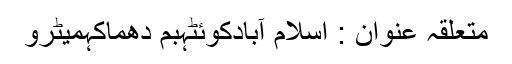
متعلقہ عنوان : اسلام آبادکوئٹہبم دھماکہمیٹرو